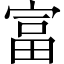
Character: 富